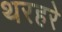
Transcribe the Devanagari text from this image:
थरहरे